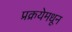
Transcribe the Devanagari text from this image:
प्रक्रयेमधून